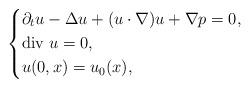
LaTeX: \begin{align*}\left\{ \aligned&\partial_t u-\Delta u +(u\cdot \nabla) u+\nabla p=0,\\&\mbox{div } u=0,\\&u(0,x)=u_0(x),\endaligned\right.\end{align*}